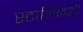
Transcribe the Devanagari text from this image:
स्टालिनशी